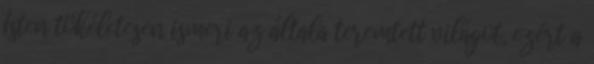
Isten tökéletesen ismeri az általa teremtett világot, ezért a